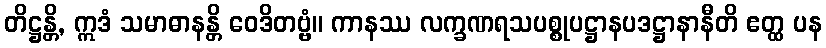
တိဋ္ဌန္တိ, ဣဒံ သမာဓာနန္တိ ဝေဒိတဗ္ဗံ။ ကာနဿ လက္ခဏရသပစ္စုပဋ္ဌာနပဒဋ္ဌာနာနီတိ ဧတ္ထ ပန